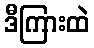
ဒီကြားထဲ